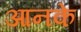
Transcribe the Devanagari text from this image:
आनके